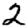
Digit: 2